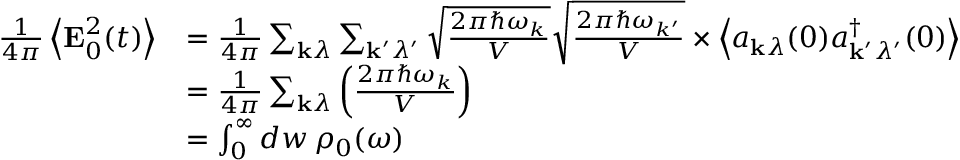
{ \begin{array} { r l } { { \frac { 1 } { 4 \pi } } \left\langle \mathbf { E } _ { 0 } ^ { 2 } ( t ) \right\rangle } & { = { \frac { 1 } { 4 \pi } } \sum _ { \mathbf { k } \lambda } \sum _ { \mathbf { k ^ { \prime } } \lambda ^ { \prime } } { \sqrt { \frac { 2 \pi \hbar \omega _ { k } } { V } } } { \sqrt { \frac { 2 \pi \hbar \omega _ { k ^ { \prime } } } { V } } } \times \left\langle a _ { \mathbf { k } \lambda } ( 0 ) a _ { \mathbf { k ^ { \prime } } \lambda ^ { \prime } } ^ { \dagger } ( 0 ) \right\rangle } \\ & { = { \frac { 1 } { 4 \pi } } \sum _ { \mathbf { k } \lambda } \left( { \frac { 2 \pi \hbar \omega _ { k } } { V } } \right) } \\ & { = \int _ { 0 } ^ { \infty } d w \, \rho _ { 0 } ( \omega ) } \end{array} }